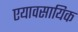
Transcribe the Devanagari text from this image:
एयावसायिक